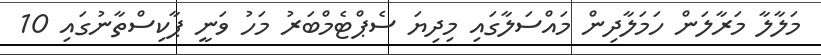
މަލާލާ މަރާލަން ހަމަލާދިން މައްސަލާގައި މިދިޔަ ސެޕްޓެމްބަރު މަހު ވަނީ ޕާކިސްތާނުގައި 10